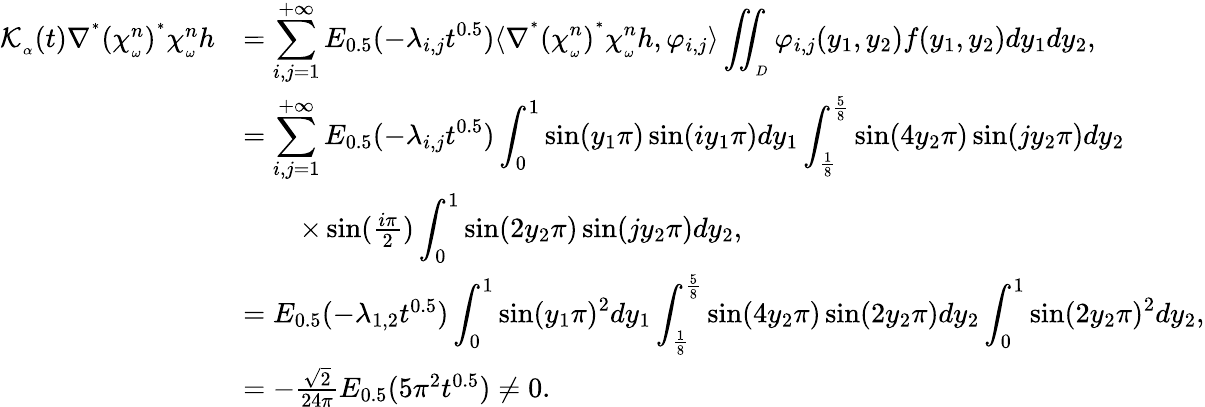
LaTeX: \begin{array}{rl}{\mathcal{K}_{_\alpha}(t)\nabla^{^*}(\chi_{_\omega}^{n})^{^*}\chi_{_\omega}^{n}h}&{=\displaystyle\sum_{i,j=1}^{+\infty}E_{0.5}(-\lambda_{i,j}t^{0.5})\langle\nabla^{^*}(\chi_{_\omega}^{n})^{^*}\chi_{_\omega}^{n}h,\varphi_{i,j}\rangle\displaystyle\iint_{_D}\varphi_{i,j}(y_{1},y_{2})f(y_{1},y_{2})dy_{1}dy_{2},}\\ &{=\displaystyle\sum_{i,j=1}^{+\infty}E_{0.5}(-\lambda_{i,j}t^{0.5})\int_{0}^{1}\sin(y_{1}\pi)\sin(iy_{1}\pi)dy_{1}\int_{\frac{1}{8}}^{\frac{5}{8}}\sin(4y_{2}\pi)\sin(jy_{2}\pi)dy_{2}}\\ &{\qquad\times\sin(\frac{i\pi}{2})\displaystyle\int_{0}^{1}\sin(2y_{2}\pi)\sin(jy_{2}\pi)dy_{2},}\\ &{=E_{0.5}(-\lambda_{1,2}t^{0.5})\displaystyle\int_{0}^{1}\sin(y_{1}\pi)^{2}dy_{1}\int_{\frac{1}{8}}^{\frac{5}{8}}\sin(4y_{2}\pi)\sin(2y_{2}\pi)dy_{2}\int_{0}^{1}\sin(2y_{2}\pi)^{2}dy_{2},}\\ &{=-\frac{\sqrt{2}}{24\pi}E_{0.5}(5\pi^{2}t^{0.5})\neq 0.}\end{array}